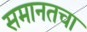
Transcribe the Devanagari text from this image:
समानतचा